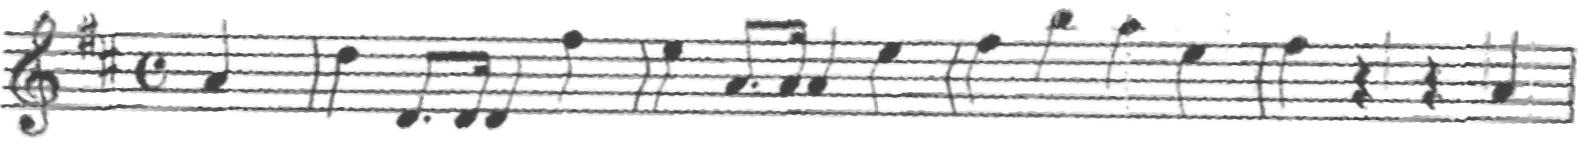
Transcription: clef-G2 keySignature-DM timeSignature-C note-A4_quarter barline note-D5_quarter note-D4_eighth. note-D4_sixteenth note-D4_quarter note-F#5_quarter barline note-E5_quarter note-A4_eighth. note-A4_sixteenth note-A4_quarter note-E5_quarter barline note-F#5_quarter note-B5_quarter note-A5_quarter note-E5_quarter barline note-F#5_quarter rest-quarter rest-quarter note-A4_quarter barline